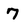
Character: 7